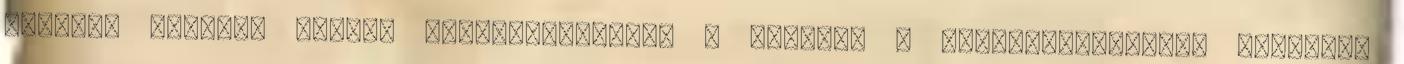
helyed, színezz bátran 007Freejáték.hu - Üdvözöl a 007Freejatek.hu, ingyenes